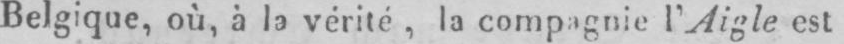
Belgique, où, à la vérité, la compagnie l’Aigle est